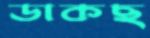
ডাকছ